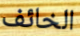
الخائف